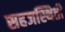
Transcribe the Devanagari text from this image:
सहजस्थिती